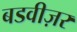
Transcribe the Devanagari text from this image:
बडवीज़र